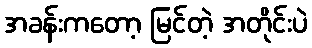
အခန်းကတော့ မြင်တဲ့ အတိုင်းပဲ